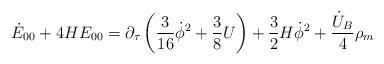
LaTeX: \begin{align*}\dot E_{00}+4HE_{00}= \partial_{\tau}\left(\frac{3}{16}\dot \phi^2+\frac{3}{8}U\right)+\frac{3}{2}H\dot\phi^2 +\frac{\dot U_B}{4}\rho_m\end{align*}